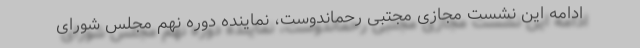
ادامه این نشست مجازی مجتبی رحماندوست، نماینده دوره نهم مجلس شورای